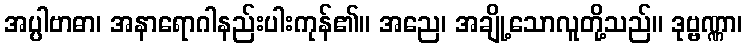
အပ္ပါဗာဓာ၊ အနာရောဂါနည်းပါးကုန်၏။ အညေ၊ အချို့သောလူတို့သည်။ ဒုဗ္ဗဏ္ဏာ၊